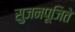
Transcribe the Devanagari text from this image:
सुजनपूजिते